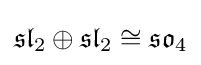
{\mathfrak {sl}}_{2}\oplus {\mathfrak {sl}}_{2}\cong {\mathfrak {so}}_{4}